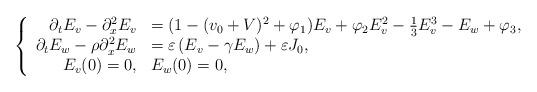
LaTeX: \begin{align*}\left\{\begin{array}{rl}\partial_t E_v - \partial_x^2 E_v &= (1-(v_0+V)^2 +\varphi_1) E_v + \varphi_2E_v^2 - \frac{1}{3} E_v^3 -E_w+ \varphi_3,\\\partial_t E_w -\rho\partial_{x}^2E_w&= \varepsilon \left(E_v - \gamma E_w\right)+ \varepsilon J_0,\\E_v(0) =0, & E_w(0) = 0,\end{array}\right.\end{align*}